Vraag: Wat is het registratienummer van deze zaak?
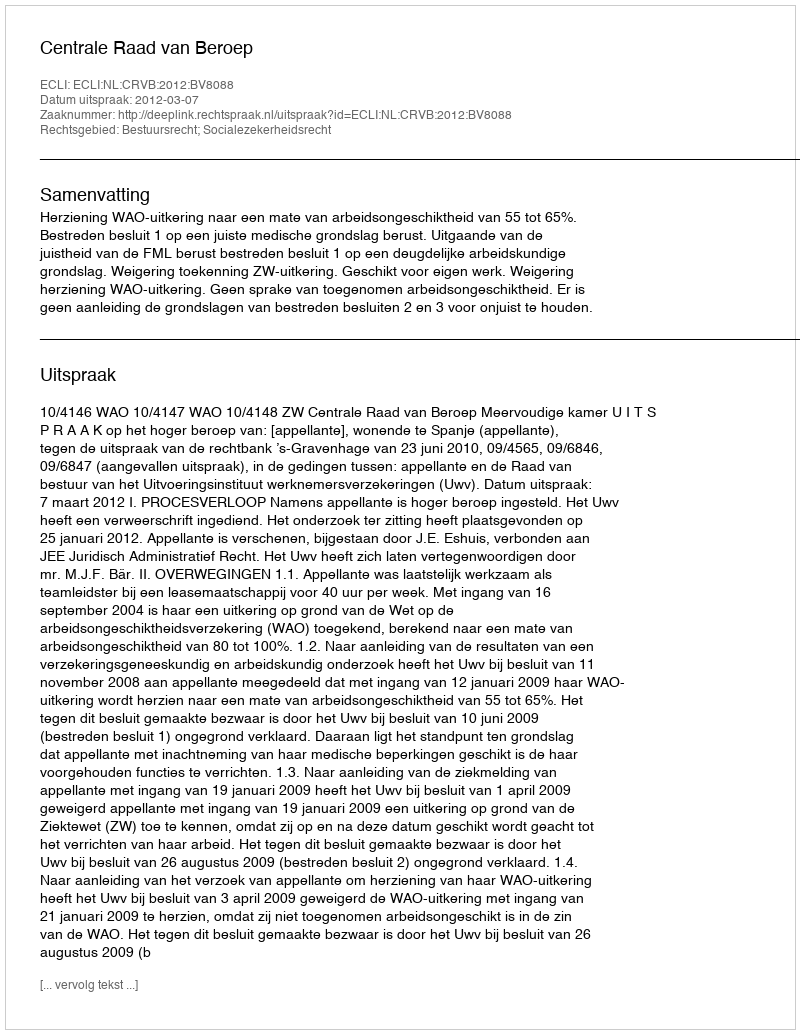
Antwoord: http://deeplink.rechtspraak.nl/uitspraak?id=ECLI:NL:CRVB:2012:BV8088